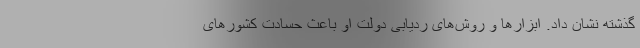
گذشته نشان داد. ابزارها و روش‌های ردیابی دولت او باعث حسادت کشورهای